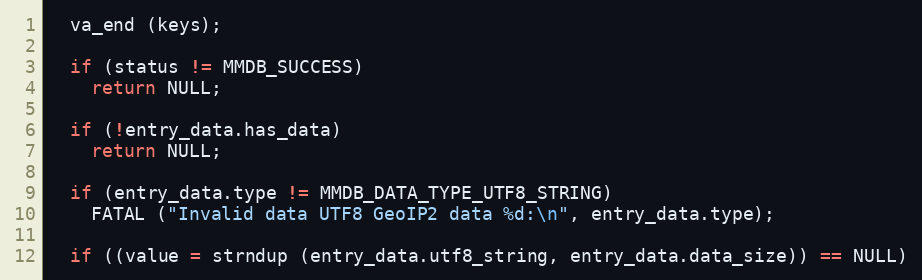
Language: C
  va_end (keys);

  if (status != MMDB_SUCCESS)
    return NULL;

  if (!entry_data.has_data)
    return NULL;

  if (entry_data.type != MMDB_DATA_TYPE_UTF8_STRING)
    FATAL ("Invalid data UTF8 GeoIP2 data %d:\n", entry_data.type);

  if ((value = strndup (entry_data.utf8_string, entry_data.data_size)) == NULL)